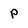
Character: P